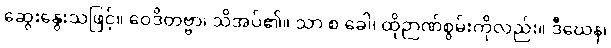
ဆွေးနွေးသဖြင့်။ ဝေဒိတဗ္ဗာ၊ သိအပ်၏။ သာ စ ခေါ၊ ထိုဉာဏ်စွမ်းကိုလည်း။ ဒီဃေန၊